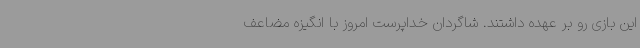
این بازی رو بر عهده داشتند. شاگردان خداپرست امروز با انگیزه مضاعف